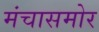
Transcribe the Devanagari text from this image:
मंचासमोर